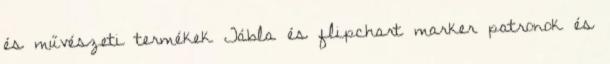
és művészeti termékek Tábla és flipchart marker patronok és